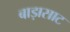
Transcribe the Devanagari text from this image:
बाड़ासाट